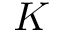
K